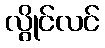
လွိုင်လင်